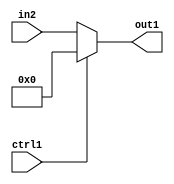
`timescale 1ps / 1ps
/*****************************************************************************
    Verilog RTL Description
    
    
    Created by: Stratus DpOpt 2019.1.01 
*******************************************************************************/

module feature_write_addr_gen_Muxi0u32u1_1 (
	in2,
	ctrl1,
	out1
	); /* architecture "behavioural" */ 
input [31:0] in2;
input  ctrl1;
output [31:0] out1;
wire [31:0] asc001;

reg [31:0] asc001_tmp_0;
assign asc001 = asc001_tmp_0;
always @ (ctrl1 or in2) begin
	case (ctrl1)
		1'B1 : asc001_tmp_0 = 32'B00000000000000000000000000000000 ;
		default : asc001_tmp_0 = in2 ;
	endcase
end

assign out1 = asc001;
endmodule

/* CADENCE  v7HwQwk= : u9/ySgnWtBlWxVPRXgAZ4Og= ** DO NOT EDIT THIS LINE ******/